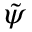
\tilde { \psi }